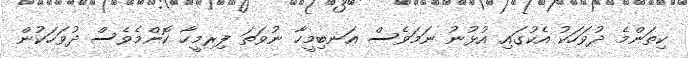
ކިތަންމެ ދުވަހަކު އެކުގައި އުޅުނު ނަމަވެސް އަނބިމީހާ ނުވަތަ ފިރިމީހާ ކޮންމެވެސް ދުވަހަކުން